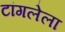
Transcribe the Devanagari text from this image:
टांगलेला